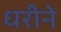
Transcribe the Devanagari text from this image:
धरीने